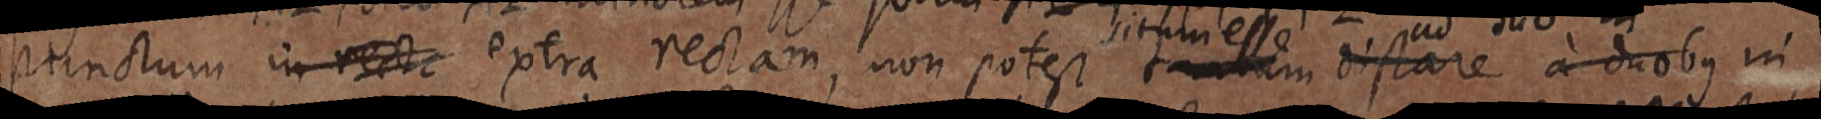
punctum in recta extra rectam, non potest tantum distare a duobus in